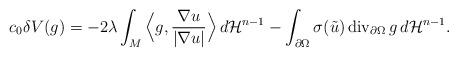
LaTeX: \begin{align*}c_0\delta V(g)=-2\lambda\int_M \Big\langle g,\frac{\nabla u}{|\nabla u|}\Big\rangle\, d\mathcal H^{n-1}-\int_{\partial\Omega}\sigma(\tilde u)\, {\rm div}_{\partial\Omega}\, g\, d\mathcal H^{n-1}.\end{align*}